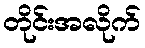
တိုင်းအလိုက်